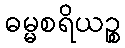
ဓမ္မစရိယဉ္စ